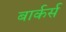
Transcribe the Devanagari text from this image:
बार्कर्स